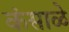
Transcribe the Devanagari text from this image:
कंसाळे